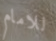
للامام